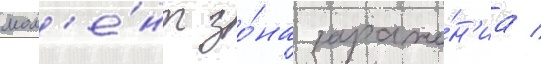
мом'е́нт зо́на зараже́н'иа /